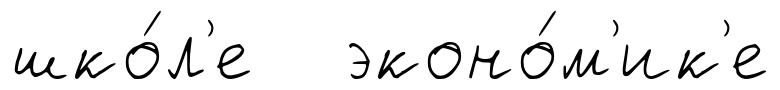
шко́л'е эконо́м'ик'е